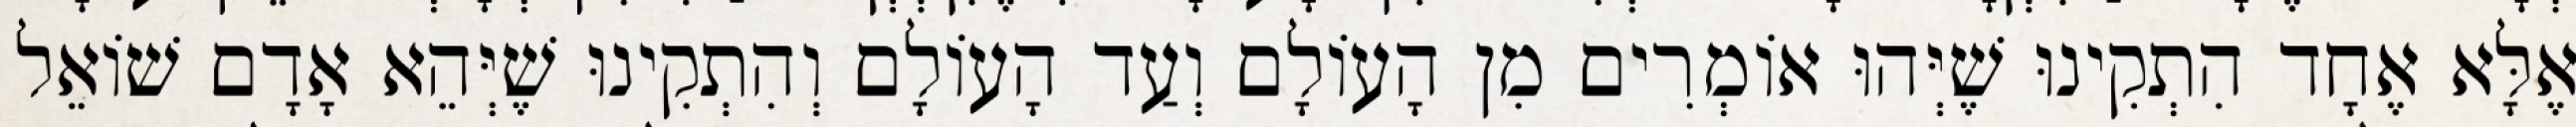
אֶלָּא אֶחָד הִתְקִינוּ שֶׁיְּהוּ אוֹמְרִים מִן הָעוֹלָם וְעַד הָעוֹלָם וְהִתְקִינוּ שֶׁיְּהֵא אָדָם שׁוֹאֵל